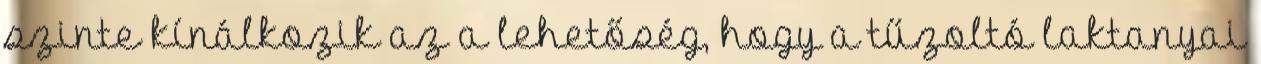
szinte kínálkozik az a lehetőség, hogy a tűzoltó laktanyai